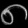
Digit: ၈